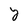
Character: y